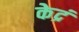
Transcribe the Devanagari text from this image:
केद्रं